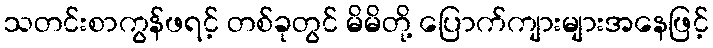
သတင်းစာကွန်ဖရင့် တစ်ခုတွင် မိမိတို့ ပြောက်ကျားများအနေဖြင့်